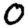
Digit: 0